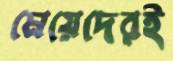
মেয়েদেরই